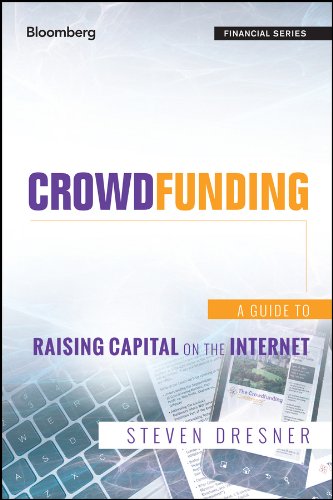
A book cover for Crowdfunding: A Guide to Raising Capital on the Internet (Bloomberg Financial); Steven Dresner; Business & Money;